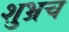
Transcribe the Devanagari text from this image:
शुभ्रच